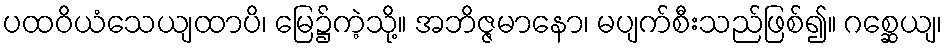
ပထဝိယံသေယျထာပိ၊ မြေ၌ကဲ့သို့။ အဘိဇ္ဇမာနော၊ မပျက်စီးသည်ဖြစ်၍။ ဂစ္ဆေယျ၊